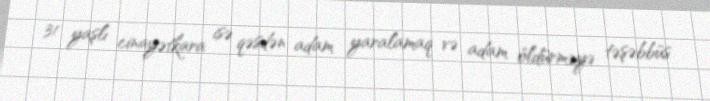
31 yaşlı cinayətkara isə qəsdən adam yaralamaq və adam öldürməyə təşəbbüs